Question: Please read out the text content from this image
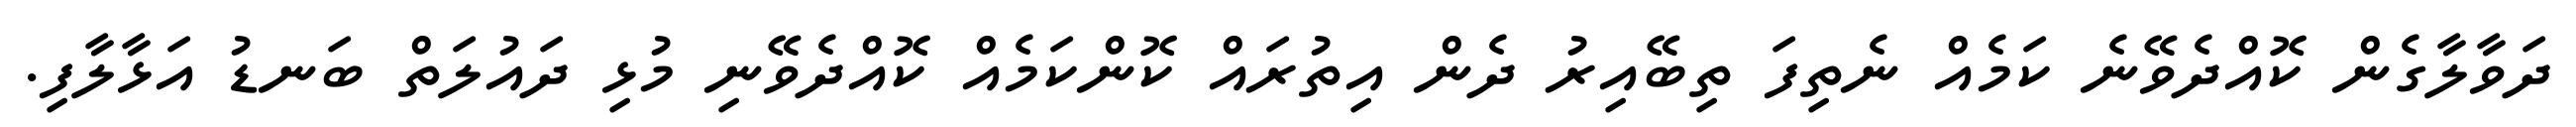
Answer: ދަވާލާގެން ކޮއްދެވޭނެ ކަމެއް ނެތިފަ ތިބޭއިރު ދެން އިތުރައް ކޮންކަމެއް ކޮއްދެވޭނި މުޅި ދައުލަތް ބަނޑު އަޅާލާފި.